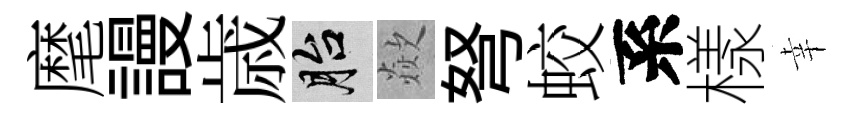
麾謾歳胎歘弩蛟系樣幸